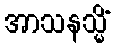
အာသနသ္မိံ